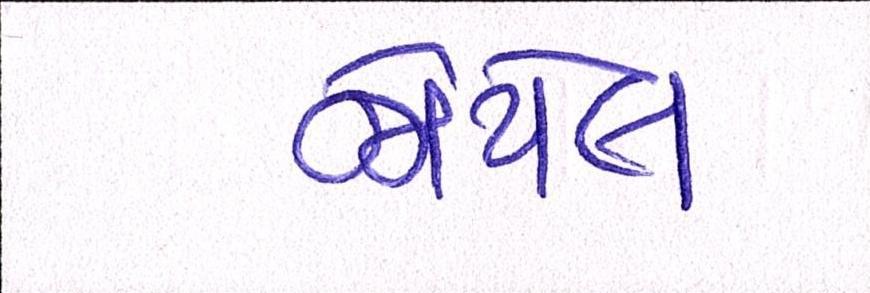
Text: જોયેલ